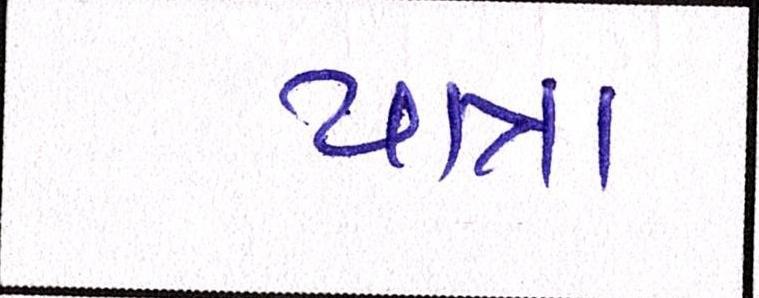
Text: યાત્રા